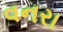
વનરા